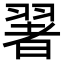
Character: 𦑥